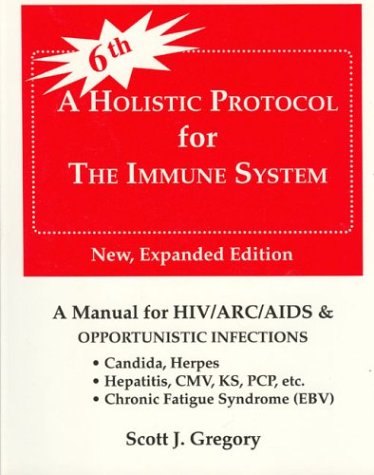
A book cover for A Holistic Protocol for the Immune System: HIV/ARC/AIDS/Candidiasis/Epstein-Barr/Herpes and other opportunistic infections; Scott J. Gregory; Health, Fitness & Dieting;